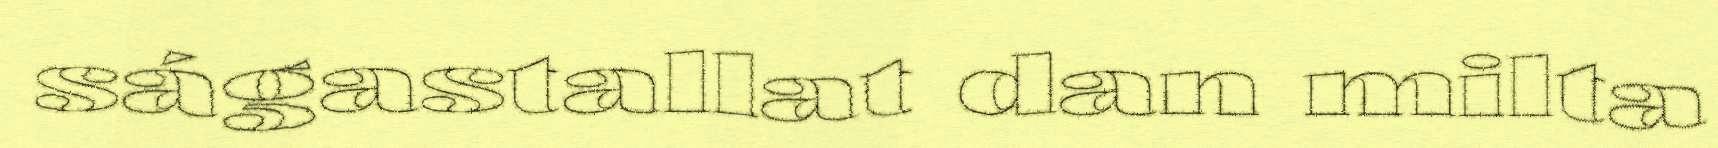
ságastallat dan milta